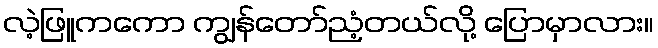
လဲ့ဖြူကကော ကျွန်တော်ညံ့တယ်လို့ ပြောမှာလား။